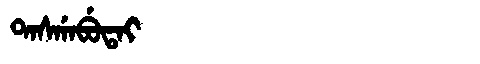
Manchu: ᡨᠠᠰᡤᠠᠪᡠᡨᠠᡳ
Romanization: TASGABUTAI